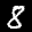
Label: 8